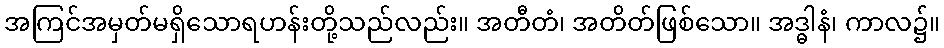
အကြင်အမှတ်မရှိသောရဟန်းတို့သည်လည်း။ အတီတံ၊ အတိတ်ဖြစ်သော။ အဒ္ဓါနံ၊ ကာလ၌။